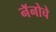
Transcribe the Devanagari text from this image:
नॅनोचे